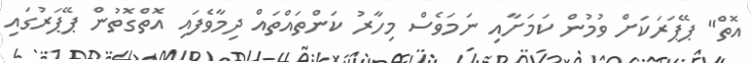
އޮތް" ޕޭޕަރަކަށް ވުމުން ކަމަށާއި ނަމަވެސް މިހާރު ކަންތައްތައް ދިމާވެފައި އޮތްގޮތުން ޕޭޕަރުގައި